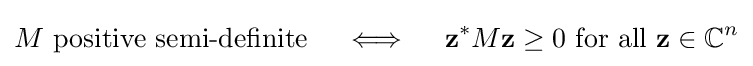
M{\text{ positive semi-definite}}\quad \iff \quad \mathbf {z} ^{*}M\mathbf {z} \geq 0{\text{ for all }}\mathbf {z} \in \mathbb {C} ^{n}